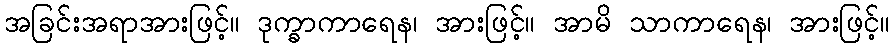
အခြင်းအရာအားဖြင့်။ ဒုက္ခာကာရေန၊ အားဖြင့်။ အာမိ သာကာရေန၊ အားဖြင့်။